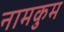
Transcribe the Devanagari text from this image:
नामकुम